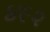
૪૯૨